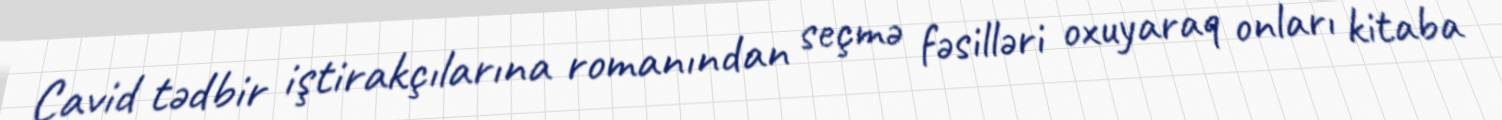
Cavid tədbir iştirakçılarına romanından seçmə fəsilləri oxuyaraq onları kitaba